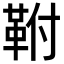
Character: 𮧖